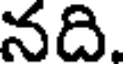
నది.